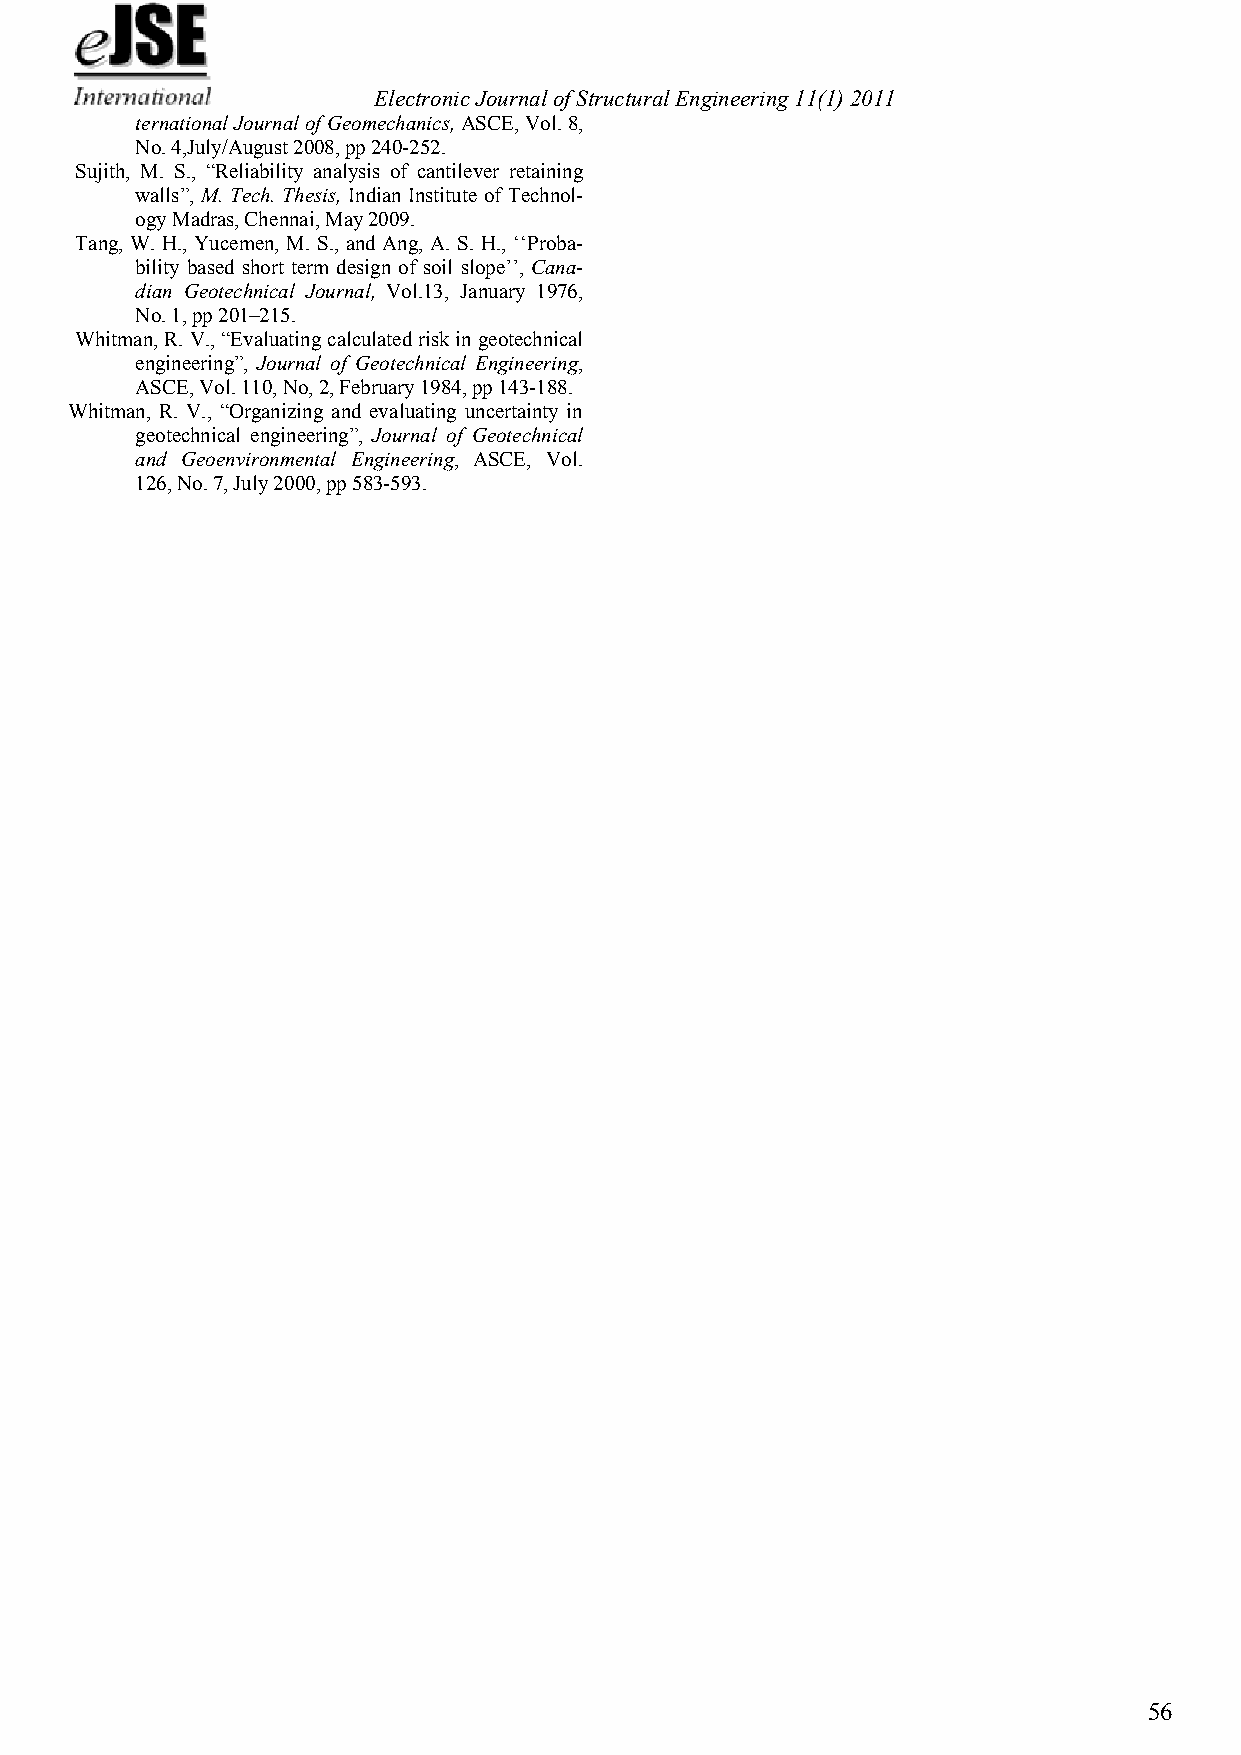
Electronic Journal of Structural Engineering 11(1) 2011
 ternational Journal of Geomechanics, ASCE, Vol. 8,
 No. 4,July/August 2008, pp 240-252.
 Sujith, M. S., “Reliability analysis of cantilever retaining
 walls”, M. Tech. Thesis, Indian Institute of Technol-
 ogy Madras, Chennai, May 2009.
 Tang, W. H., Yucemen, M. S., and Ang, A. S. H., ‘‘Proba-
 bility based short term design of soil slope’’, Cana-
 dian Geotechnical Journal, Vol.13, January 1976,
 No. 1, pp 201–215.
 Whitman, R. V., “Evaluating calculated risk in geotechnical
 engineering”, Journal of Geotechnical Engineering,
 ASCE, Vol. 110, No, 2, February 1984, pp 143-188.
 Whitman, R. V., “Organizing and evaluating uncertainty in
 geotechnical engineering”, Journal of Geotechnical
 and Geoenvironmental Engineering, ASCE, Vol.
 126, No. 7, July 2000, pp 583-593.
 56